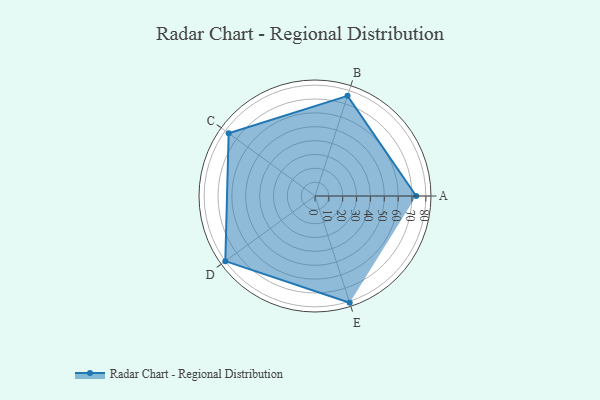
{"axis": {"x": "Skill", "y": "Score"}, "legend": ["Profile"], "data": [{"x": "A", "y": 73.0, "type": "Profile"}, {"x": "B", "y": 76.0, "type": "Profile"}, {"x": "C", "y": 77.0, "type": "Profile"}, {"x": "D", "y": 80.0, "type": "Profile"}, {"x": "E", "y": 81.0, "type": "Profile"}]}